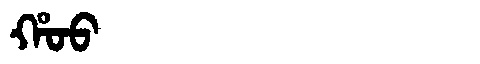
Manchu: ᡥᠣᠣ
Romanization: HOO